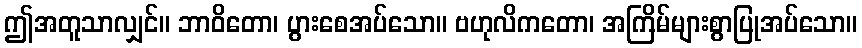
ဤအတူသာလျှင်။ ဘာဝိတော၊ ပွားစေအပ်သော။ ဗဟုလိကတော၊ အကြိမ်များစွာပြုအပ်သော။